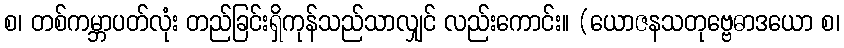
စ၊ တစ်ကမ္ဘာပတ်လုံး တည်ခြင်းရှိကုန်သည်သာလျှင် လည်းကောင်း။ (ယောဇနသတုဗ္ဗေဓာဒယော စ၊